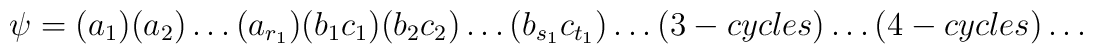
\psi = (a_1)(a_2)\dots(a_{r_1}) (b_1c_1)(b_2c_2)\dots(b_{s_1}c_{t_1})\dots (3-cycles) \dots (4-cycles) \dots